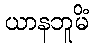
ယာနဘူမိံ